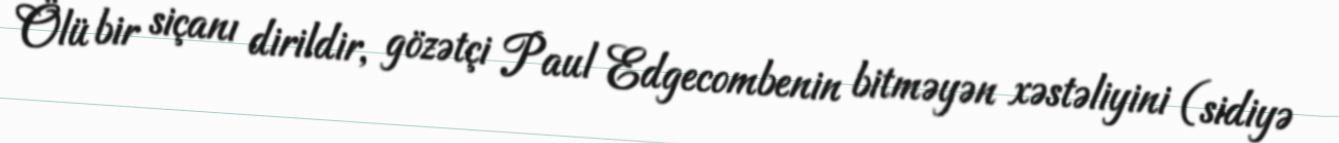
Ölü bir siçanı dirildir, gözətçi Paul Edgecombenin bitməyən xəstəliyini (sidiyə